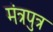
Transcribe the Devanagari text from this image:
मंत्रपुत्र